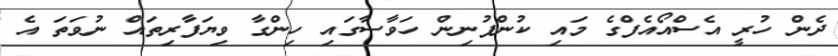
ދެން ހުރީ އެސްއޯއެފްގެ މައި ކުންފުނިން ހަވާސާގައި ހިންގާ ވިޔަފާރިތައް ނުވަތަ އެ